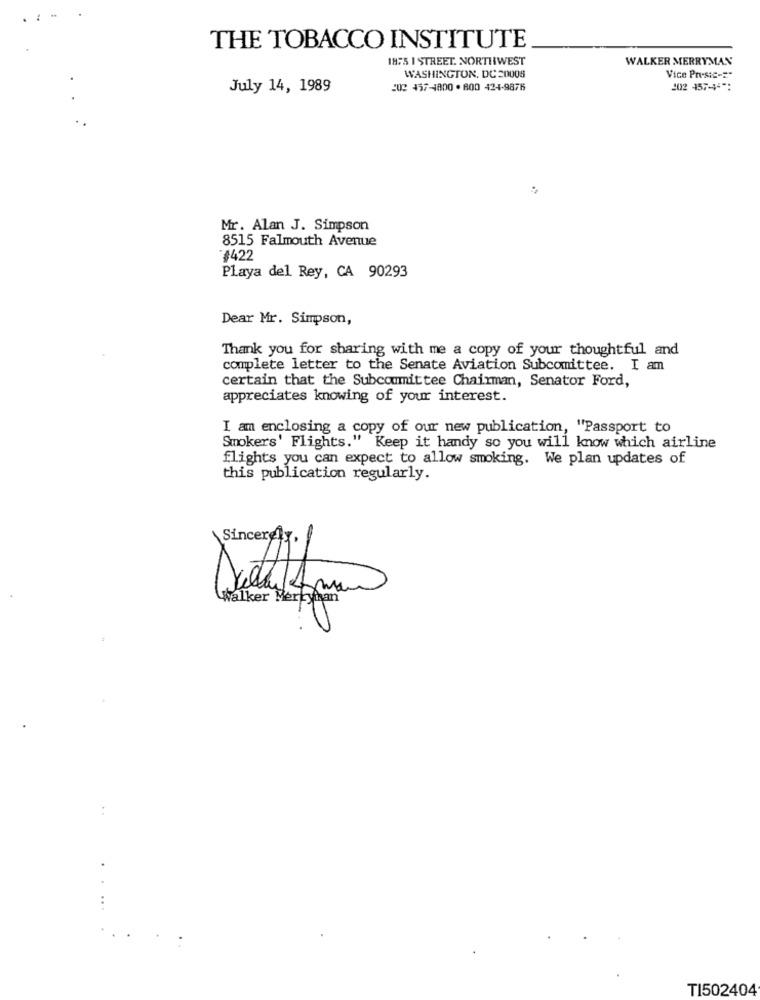
THE TOBACCO INSTITUTE
1875 I STREET. NORTHWEST
WALKER MERRYMAN
WASHINGTON, DC 20008
Vice Presic -= "
July 14, 1989
20 457-4800 ·800 424-9876
102 457
Mr. Alan J. Simpson
8515 Falmouth Avenue
#422
Playa del Rey, CA 90293
Dear Mr. Simpson,
Thank you for sharing with me a copy of your thoughtful and
complete letter to the Senate Aviation Subcomittee. I am
certain that the Subcommittee Chairman, Senator Ford,
appreciates knowing of your interest.
I am enclosing a copy of our new publication, "Passport to
Smokers' Flights." Keep it handy so you will know which airline
flights you can expect to allow smoking. We plan updates of
this publication regularly.
Sincerely,
Walker Merkyian
T1502404